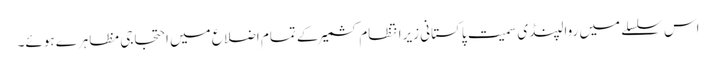
اس سلسلے میں روالپنڈی سمیت پاکستانی زیرانتظام کشمیر کے تمام اضلاع میں احتجاجی مظاہرے ہوئے۔